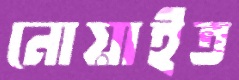
নোয়াইত